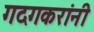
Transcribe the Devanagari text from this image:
गदगकरांनी